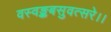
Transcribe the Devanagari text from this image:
वस्वङ्कबसुवत्सरे।।